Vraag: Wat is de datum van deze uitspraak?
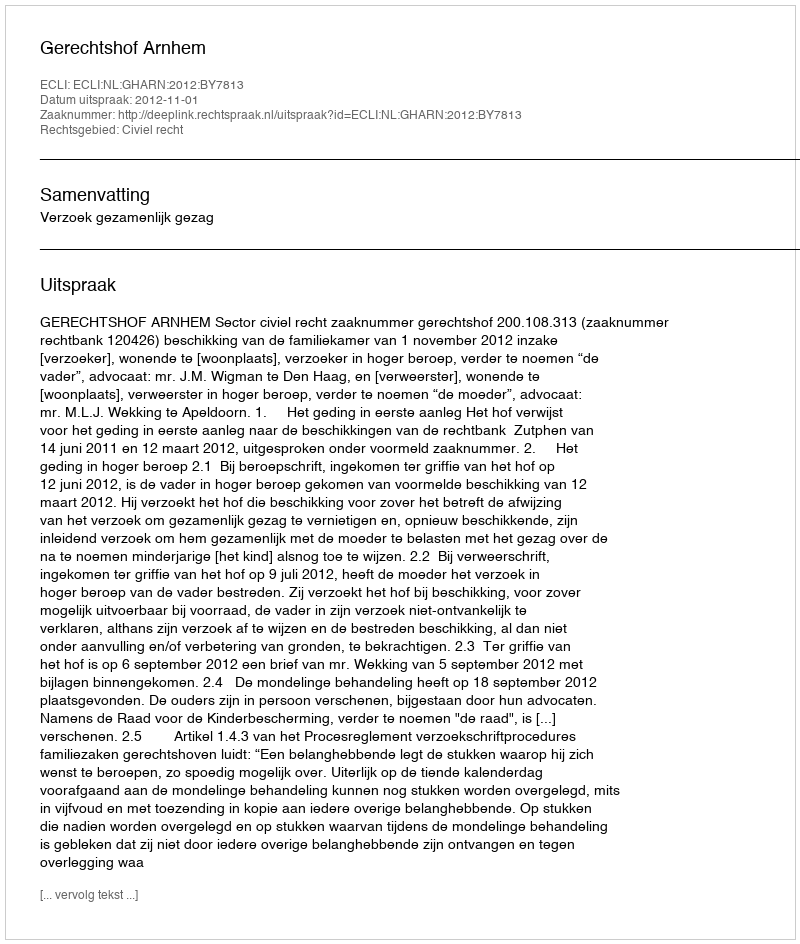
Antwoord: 2012-11-01